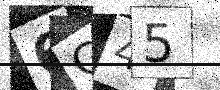
Text: 6G45